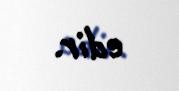
edir.